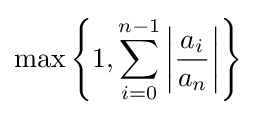
\max \left\{1,\sum _{i=0}^{n-1}\left|{\frac {a_{i}}{a_{n}}}\right|\right\}